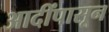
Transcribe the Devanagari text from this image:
आदींपासून